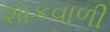
શાકવાળી